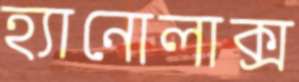
হ্যানোলাক্স